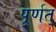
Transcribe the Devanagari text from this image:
पूर्णत्